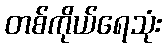
တစ်ကိုယ်ရေသုံး